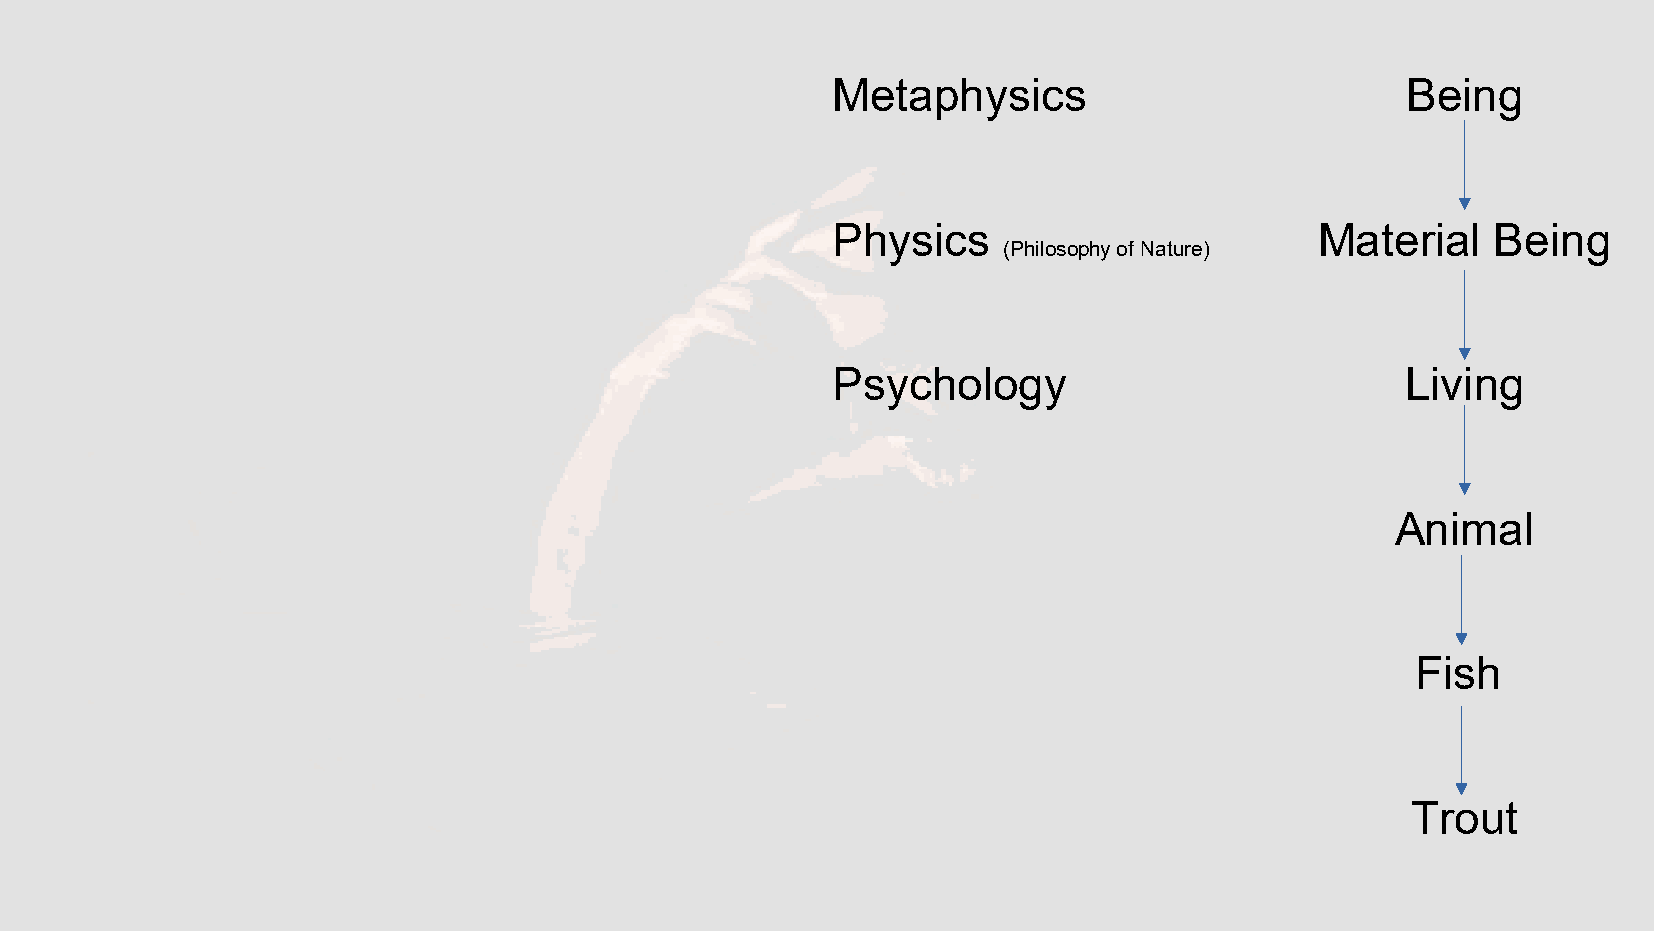
Metaphysics                           BBeeiinngg
 Physics                         MMaatteerriiaall BBeeiinngg
 (Philosophy of Nature)
 Psychology                            LLiivviinngg
 AAnniimmaall
 FFiisshh
 TTrroouutt